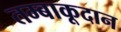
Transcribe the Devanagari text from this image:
तम्बाकूदान